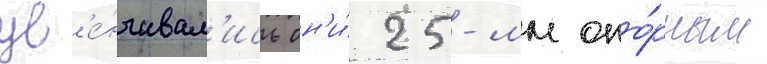
ув'е́нчивал'ись он'и́ 25-мм опо́рным